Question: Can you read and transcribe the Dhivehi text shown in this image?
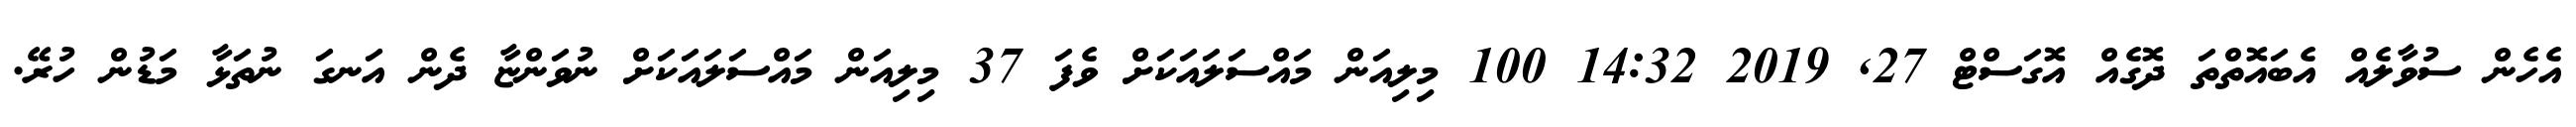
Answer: އެހެން ސުވާލެއް އެބައޮތްތަ ދޮގެއް އޮގަސްޓް 27, 2019 14:32 100 މިލިއަން މައްސަލައަކަށް ވެފަ 37 މިލިއަން މައްސަލައަކަށް ނުވަންޏާ ދެން އަނގަ ނުތަޅާ މަޑުން ހުރޭ.